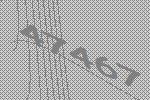
47467